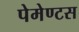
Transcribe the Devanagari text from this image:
पेमेण्टस